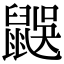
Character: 𪕜